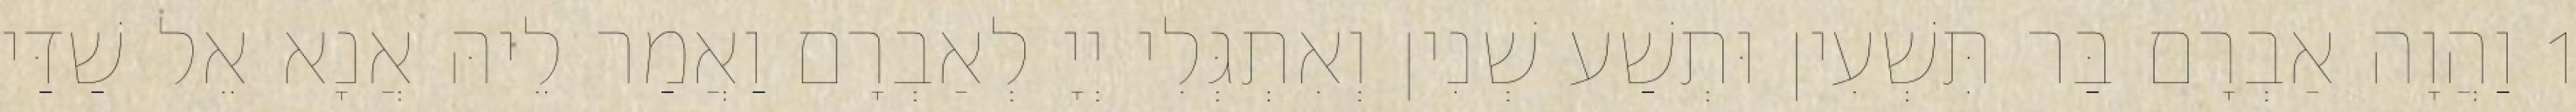
1 וַהֲוָה אַבְרָם בַּר תִּשְׁעִין וּתְשַׁע שְׁנִין וְאִתְגְּלִי יְיָ לְאַבְרָם וַאֲמַר לֵיהּ אֲנָא אֵל שַׁדַּי